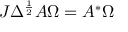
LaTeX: J \Delta ^ { \frac { 1 } { 2 } } A \Omega = A ^ { * } \Omega